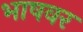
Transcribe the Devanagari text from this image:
भाषवर